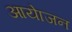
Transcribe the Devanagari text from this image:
आयेाजन